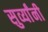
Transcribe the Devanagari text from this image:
सुर्व्यांनी